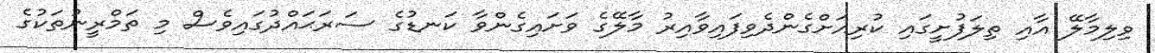
ވިލިމާލޭ އާއި ތިލަފުށީގައި ކުރިއަށްގެންދެވިފައިވާއިރު މާލޭގެ ވަށައިގެންވާ ކަނޑުގެ ސަރަޙައްދުގައިވެސް މި ތަމްރީނުތަކުގެ